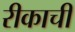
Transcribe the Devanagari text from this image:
रीकाची